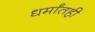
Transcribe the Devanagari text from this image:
धर्मांतही